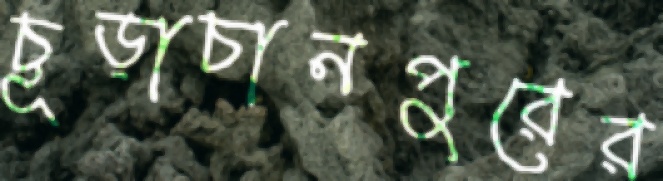
চূড়াচানপুরের